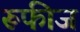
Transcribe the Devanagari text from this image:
रूफीज